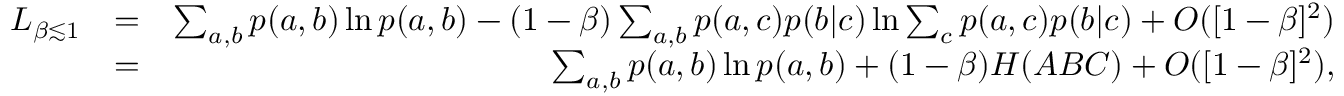
\begin{array} { r l r } { L _ { \beta \lesssim 1 } } & { = } & { \sum _ { a , b } p ( a , b ) \ln p ( a , b ) - ( 1 - \beta ) \sum _ { a , b } p ( a , c ) p ( b | c ) \ln \sum _ { c } p ( a , c ) p ( b | c ) + { \cal O } ( [ 1 - \beta ] ^ { 2 } ) } \\ & { = } & { \sum _ { a , b } p ( a , b ) \ln p ( a , b ) + ( 1 - \beta ) H ( A B C ) + { \cal O } ( [ 1 - \beta ] ^ { 2 } ) , } \end{array}